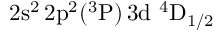
\mathrm { 2 s ^ { 2 } \, 2 p ^ { 2 } ( ^ { 3 } P ) \, 3 d ~ ^ { 4 } D _ { 1 / 2 } }